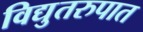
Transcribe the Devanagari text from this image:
विद्युतरुपात